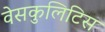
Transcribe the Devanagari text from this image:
वेसकुलिटिस